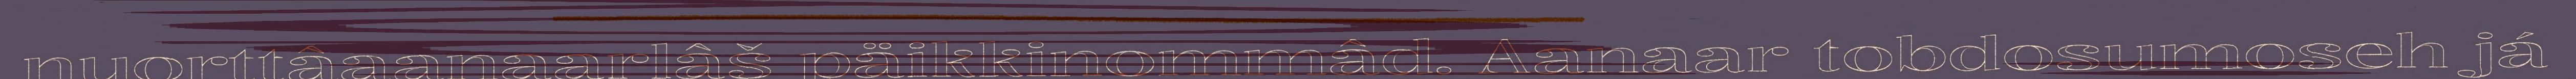
nuorttâaanaarlâš päikkinommâd. Aanaar tobdosumoseh já